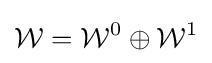
{\mathcal {W}}={\mathcal {W}}^{0}\oplus {\mathcal {W}}^{1}